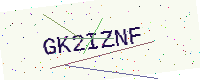
Text: GK2IZNF